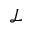
\mathcal { L }